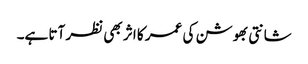
شانتی بھوشن کی عمر کا اثر بھی نظر آتا ہے۔